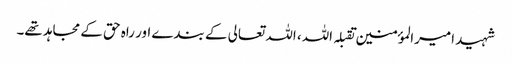
شہید امیرالمؤمنین تقبلہ اللہ، اللہ تعالی کے بندے اور راہ حق کے مجاہد تھے۔